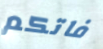
فاتكم